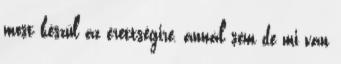
most készül az érettségire, annál sem de mi van